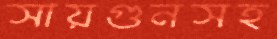
সায়গুনসহ